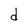
Character: d